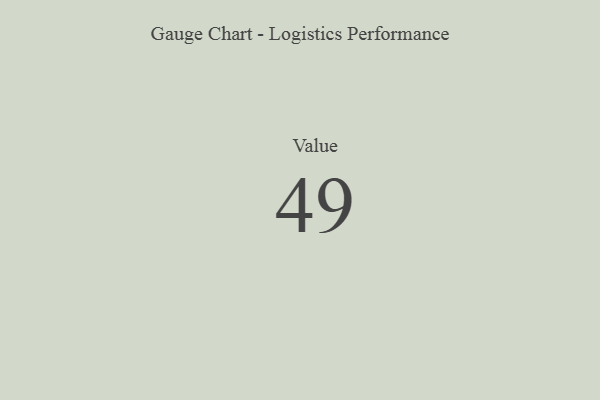
{"axis": {"x": "Metric", "y": "Value"}, "legend": [""], "data": [{"x": "Value", "y": 49, "type": ""}]}